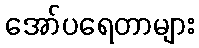
အော်ပရေတာများ